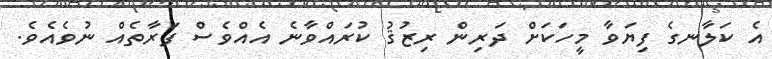
އެ ކަލާނގެ ފިޔަވާ މީހަކަށް ދަރިން ރިޒުޤު ކުރައްވާނެ އެއްވެސް ފަރާތެއް ނުވެއެވެ.